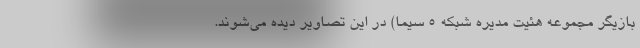
بازیگر مجموعه هئیت مدیره شبکه 5 سیما) در این تصاویر دیده می‌شوند.